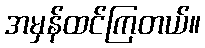
အမှန်ထင်ကြတယ်။